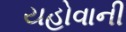
યહોવાની